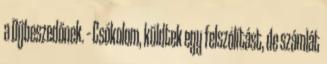
a Díjbeszedőnek. – Csókolom, küldtek egy felszólítást, de számlát